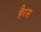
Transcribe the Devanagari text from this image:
हैरस